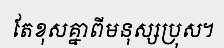
តែខុសគ្នាពីមនុស្សប្រុស។